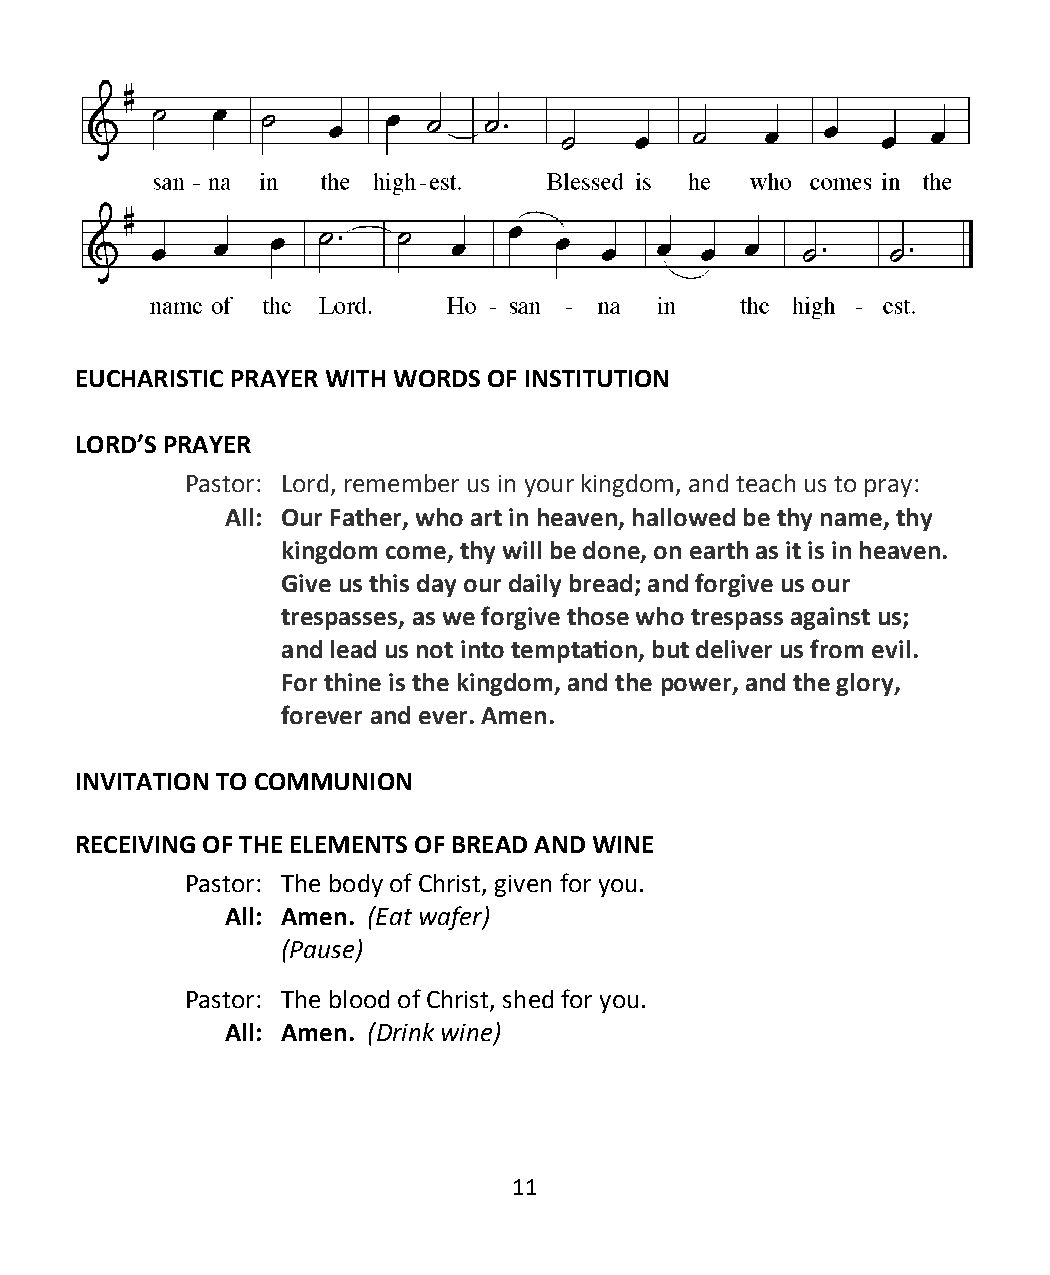
EUCHARISTIC PRAYER WITH WORDS OF INSTITUTION
 LORD’S PRAYER
 Pastor: Lord, remember us in your kingdom, and teach us to pray:
 All: Our Father, who art in heaven, hallowed be thy name, thy
 kingdom come, thy will be done, on earth as it is in heaven.
 Give us this day our daily bread; and forgive us our
 trespasses, as we forgive those who trespass against us;
 and lead us not into temptation, but deliver us from evil.
 For thine is the kingdom, and the power, and the glory,
 forever and ever. Amen.
 INVITATION TO COMMUNION
 RECEIVING OF THE ELEMENTS OF BREAD AND WINE
 Pastor: The body of Christ, given for you.
 All: Amen. (Eat wafer)
 (Pause)
 Pastor: The blood of Christ, shed for you.
 All: Amen. (Drink wine)
 11